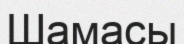
Шамасы